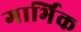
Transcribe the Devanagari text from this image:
गार्भिक